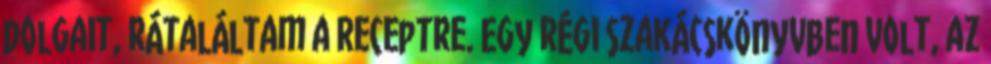
dolgait, rátaláltam a receptre. Egy régi szakácskönyvben volt, az